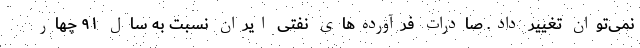
نمی‌توان تغییر داد. صادرات فرآورده‌های نفتی ایران نسبت به سال ۹۱ چهار